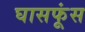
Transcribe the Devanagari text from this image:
घासफूंस